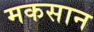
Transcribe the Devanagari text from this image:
मकसान